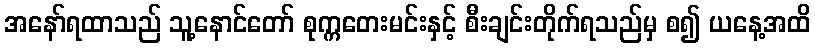
အနော်ရထာသည် သူ့နောင်တော် စုက္ကတေးမင်းနှင့် စီးချင်းတိုက်ရသည်မှ စ၍ ယနေ့အထိ